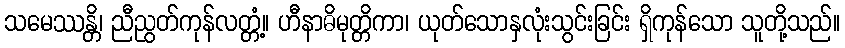
သမေဿန္တိ၊ ညီညွတ်ကုန်လတ္တံ့။ ဟီနာဓိမုတ္တိကာ၊ ယုတ်သောနှလုံးသွင်းခြင်း ရှိကုန်သော သူတို့သည်။